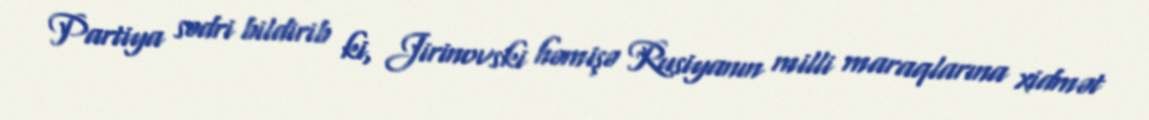
Partiya sədri bildirib ki, Jirinovski həmişə Rusiyanın milli maraqlarına xidmət